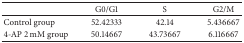
|  | G0/G1 | S | G2/M |
 | --- | --- | --- | --- |
 | Control group | 52.42333 | 42.14 | 5.436667 |
 | 4-AP 2 mM group | 50.14667 | 43.73667 | 6.116667 |